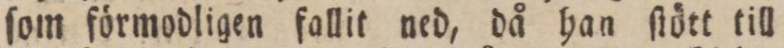
ſom förmodligen fallit ned, då han ſtött till